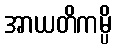
အာယတိကမ္ပိ